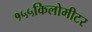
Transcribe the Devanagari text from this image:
१५५किलोमीटर